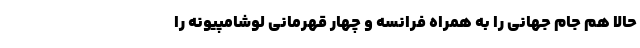
حالا هم جام جهانی را به همراه فرانسه و چهار قهرمانی لوشامپیونه را